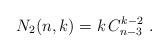
LaTeX: \begin{align*}N_2(n,k)=k\, C_{n-3}^{k-2}\ .\end{align*}